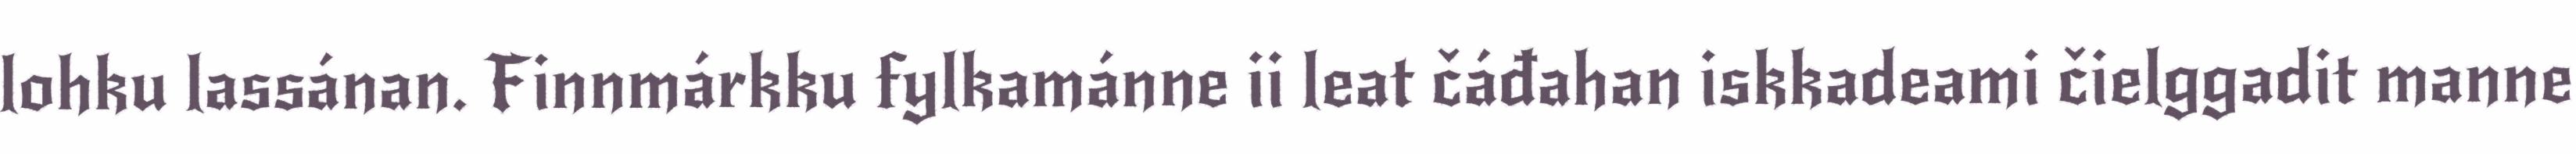
lohku lassánan. Finnmárkku fylkamánne ii leat čáđahan iskkadeami čielggadit manne